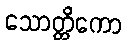
သောတ္တိကော